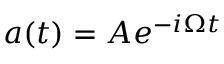
a ( t ) = A e ^ { - i \Omega t }